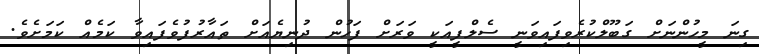
ގިނަ މީހުންނަށް ގަބޫލްކުރެވިފައިވަނީ ސެލްފީއަކީ ވަރަށް ފަހުން ދުނިޔެއަށް ތައާރުފުވެފައިވާ ކަމެއް ކަމަށެވެ.